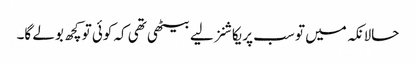
حالانکہ میں تو سب پریکاشنز لیے بیٹھی تھی کہ کوئی تو کچھ بولے گا۔